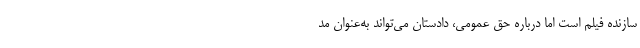
سازنده فیلم است اما درباره حق عمومی، دادستان می‌تواند به‌عنوان مد